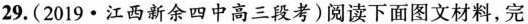
29.(2019·江西新余四中高三段考)阅读下面图文材料，完